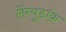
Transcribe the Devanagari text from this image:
लेंग्युडॉक